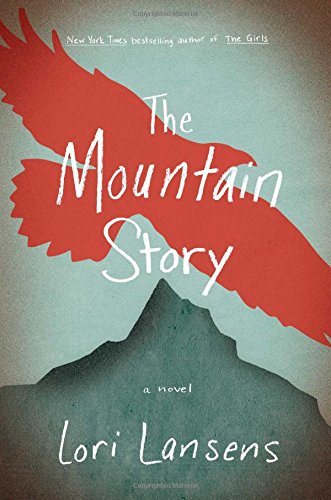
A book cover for The Mountain Story: A Novel; Lori Lansens; Literature & Fiction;